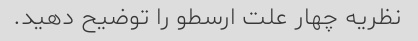
نظريه چهار علت ارسطو را توضيح دهيد.